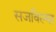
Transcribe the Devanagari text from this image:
सजविल्या